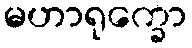
မဟာရုက္ခော